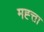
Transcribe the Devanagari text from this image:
मह्त्ता